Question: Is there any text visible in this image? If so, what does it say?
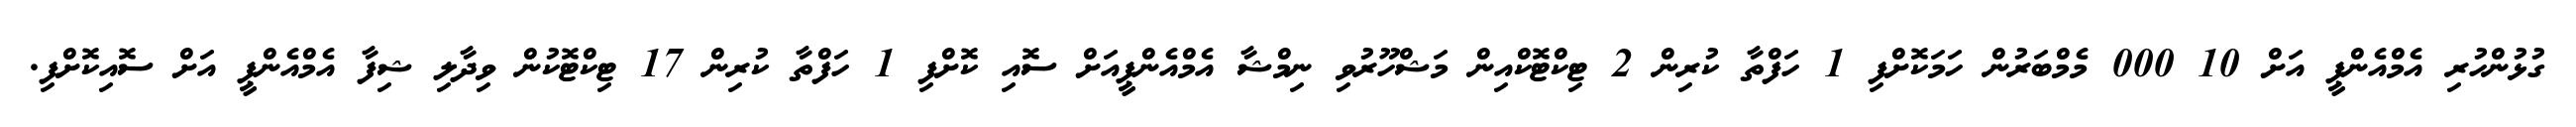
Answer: ގުޅުންހުރި އެމްއެންޕީ އަށް 10 000 މެމްބަރުން ހަމަކޮށްފި 1 ހަފްތާ ކުރިން 2 ޓިކްޓޮކްއިން މަޝްހޫރުވި ނިމްޝާ އެމްއެންޕީއަށް ސޮއި ކޮށްފި 1 ހަފްތާ ކުރިން 17 ޓިކްޓޮކުން ވިދާލި ޝިފާ އެމްއެންޕީ އަށް ސޮއިކޮށްފި.